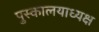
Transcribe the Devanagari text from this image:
पुस्कालयाध्यक्ष